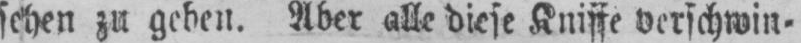
sehen zu geben. Aber alle diese Kniffe verschwin⸗